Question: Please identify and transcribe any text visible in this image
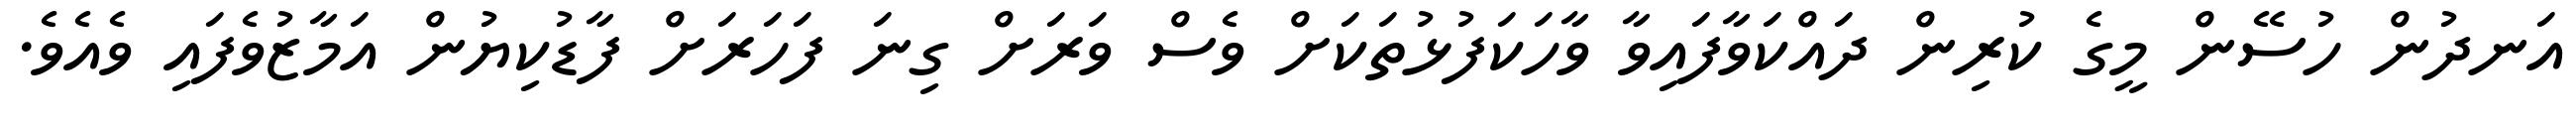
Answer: އަނދުން ހުސޭން މީގެ ކުރިން ދައްކަވާފައިވާ ވާހަކަފުޅުތަކަށް ވެސް ވަރަށް ގިނަ ފަހަރަށް ފާޑުކިޔުން އަމާޒުވެފައި ވެއެވެ.